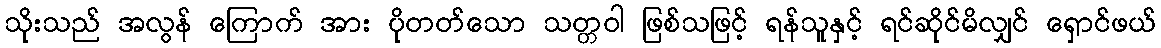
သိုးသည် အလွန် ကြောက် အား ပိုတတ်သော သတ္တဝါ ဖြစ်သဖြင့် ရန်သူနှင့် ရင်ဆိုင်မိလျှင် ရှောင်ဖယ်